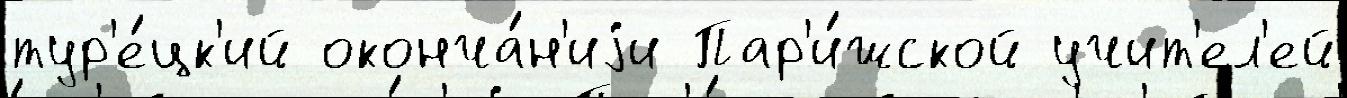
тур'е́цк'ий оконча́н'иjи Пар'и́жской учит'ел'ей